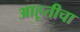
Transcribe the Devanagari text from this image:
आहूतीचा